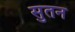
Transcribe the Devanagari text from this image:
सुतन